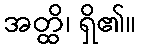
အတ္ထိ၊ ရှိ၏။